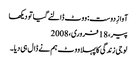
آوازِ دوست: ووٹ ڈالنے گیا تو دیکھا
پیر، 18 فروری، 2008
لو جی زندگی کا پہلا ووٹ ہم نے ڈال ہی دیا۔